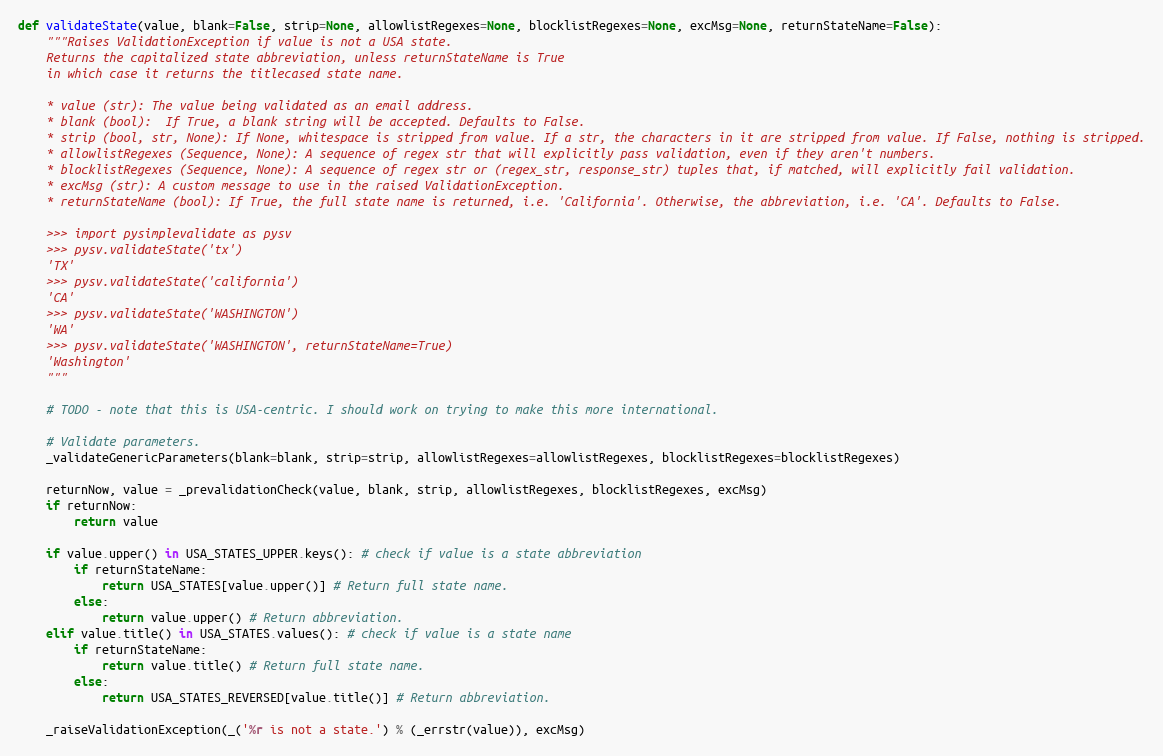
Language: Python
def validateState(value, blank=False, strip=None, allowlistRegexes=None, blocklistRegexes=None, excMsg=None, returnStateName=False):
    """Raises ValidationException if value is not a USA state.
    Returns the capitalized state abbreviation, unless returnStateName is True
    in which case it returns the titlecased state name.

    * value (str): The value being validated as an email address.
    * blank (bool):  If True, a blank string will be accepted. Defaults to False.
    * strip (bool, str, None): If None, whitespace is stripped from value. If a str, the characters in it are stripped from value. If False, nothing is stripped.
    * allowlistRegexes (Sequence, None): A sequence of regex str that will explicitly pass validation, even if they aren't numbers.
    * blocklistRegexes (Sequence, None): A sequence of regex str or (regex_str, response_str) tuples that, if matched, will explicitly fail validation.
    * excMsg (str): A custom message to use in the raised ValidationException.
    * returnStateName (bool): If True, the full state name is returned, i.e. 'California'. Otherwise, the abbreviation, i.e. 'CA'. Defaults to False.

    >>> import pysimplevalidate as pysv
    >>> pysv.validateState('tx')
    'TX'
    >>> pysv.validateState('california')
    'CA'
    >>> pysv.validateState('WASHINGTON')
    'WA'
    >>> pysv.validateState('WASHINGTON', returnStateName=True)
    'Washington'
    """

    # TODO - note that this is USA-centric. I should work on trying to make this more international.

    # Validate parameters.
    _validateGenericParameters(blank=blank, strip=strip, allowlistRegexes=allowlistRegexes, blocklistRegexes=blocklistRegexes)

    returnNow, value = _prevalidationCheck(value, blank, strip, allowlistRegexes, blocklistRegexes, excMsg)
    if returnNow:
        return value

    if value.upper() in USA_STATES_UPPER.keys(): # check if value is a state abbreviation
        if returnStateName:
            return USA_STATES[value.upper()] # Return full state name.
        else:
            return value.upper() # Return abbreviation.
    elif value.title() in USA_STATES.values(): # check if value is a state name
        if returnStateName:
            return value.title() # Return full state name.
        else:
            return USA_STATES_REVERSED[value.title()] # Return abbreviation.

    _raiseValidationException(_('%r is not a state.') % (_errstr(value)), excMsg)